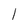
Character: l